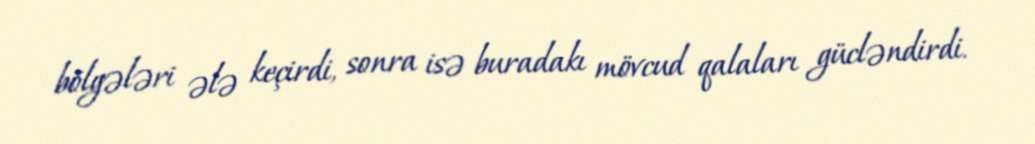
bölgələri ələ keçirdi, sonra isə buradakı mövcud qalaları gücləndirdi.